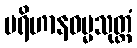
ပရိဟာနဓမ္မသုတ္တံ